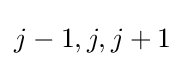
j-1,j,j+1